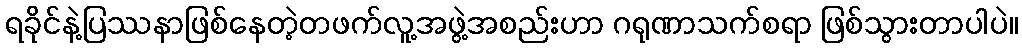
ရခိုင်နဲ့ပြဿနာဖြစ်နေတဲ့တဖက်လူ့အဖွဲ့အစည်းဟာ ဂရုဏာသက်စရာ ဖြစ်သွားတာပါပဲ။